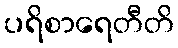
ပရိစာရေတီတိ